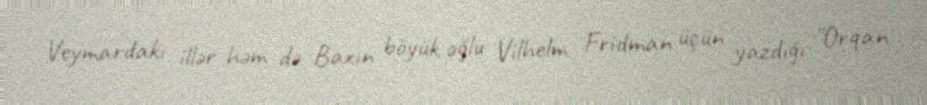
Veymardakı illər həm də Baxın böyük oğlu Vilhelm Fridman üçün yazdığı "Orqan